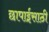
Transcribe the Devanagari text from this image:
छापाईसाठी